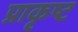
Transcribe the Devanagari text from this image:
प्राकृष्ट